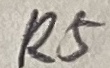
Text: R5